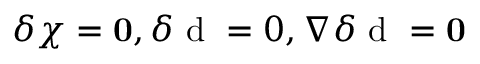
\delta \boldsymbol { \chi } = \mathbf { 0 } , \delta \mathrm { ~ d ~ } = 0 , \nabla \delta \mathrm { ~ d ~ } = \mathbf { 0 }